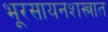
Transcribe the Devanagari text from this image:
भूरसायनशस्त्रात